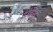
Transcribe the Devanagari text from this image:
टोबगो